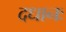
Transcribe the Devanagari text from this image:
दधानः